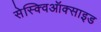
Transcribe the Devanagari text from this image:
सेस्क्विऑक्साइड